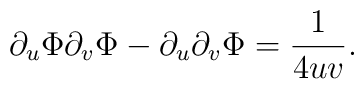
\partial_{u}\Phi\partial_{v}\Phi -\partial_{u}\partial_{v}\Phi = \frac{1}{4uv}.